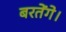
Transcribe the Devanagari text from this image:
बरतेंगे।